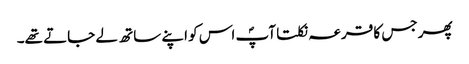
پھر جس کا قرعہ نکلتا آپؐ اس کو اپنے ساتھ لے جاتے تھے۔